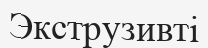
Экструзивті